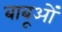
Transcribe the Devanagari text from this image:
बाबूओं